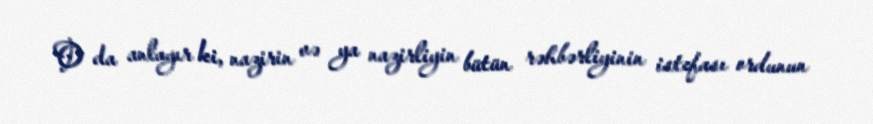
O da anlayır ki, nazirin və ya nazirliyin bütün rəhbərliyinin istefası ordunun